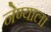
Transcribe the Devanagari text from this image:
नेण्याला